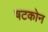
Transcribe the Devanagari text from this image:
षटकोन